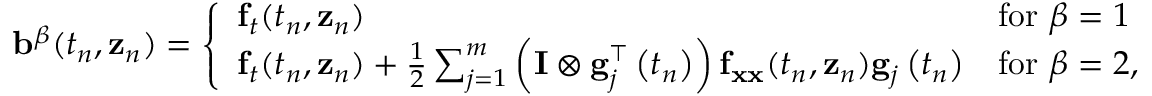
\mathbf { b } ^ { \mathbb { \beta } } ( t _ { n } , \mathbf { z } _ { n } ) = { \left\{ \begin{array} { l l } { \mathbf { f } _ { t } ( t _ { n } , \mathbf { z } _ { n } ) } & { { \mathrm { f o r ~ } } \mathbb { \beta } = 1 } \\ { \mathbf { f } _ { t } ( t _ { n } , \mathbf { z } _ { n } ) + { \frac { 1 } { 2 } } \sum _ { j = 1 } ^ { m } \left( \mathbf { I } \otimes \mathbf { g } _ { j } ^ { \intercal } \left( t _ { n } \right) \right) \mathbf { f } _ { \mathbf { x x } } ( t _ { n } , \mathbf { z } _ { n } ) \mathbf { g } _ { j } \left( t _ { n } \right) } & { { \mathrm { f o r ~ } } \mathbb { \beta } = 2 , } \end{array} \right. }